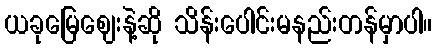
ယခုမြေဈေးနဲ့ဆို သိန်းပေါင်းမနည်းတန်မှာပါ။